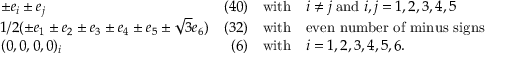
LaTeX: \begin{array} { l r c l } { { \pm e _ { i } \pm e _ { j } } } & { { ( 4 0 ) } } & { { \mathrm { w i t h } } } & { { i \neq j \; \mathrm { a n d } \; i , j = 1 , 2 , 3 , 4 , 5 } } \\ { { 1 / 2 ( \pm e _ { 1 } \pm e _ { 2 } \pm e _ { 3 } \pm e _ { 4 } \pm e _ { 5 } \pm \sqrt { 3 } e _ { 6 } ) } } & { { ( 3 2 ) } } & { { \mathrm { w i t h } } } & { { \mathrm { e v e n ~ n u m b e r ~ o f ~ m i n u s ~ s i g n s } } } \\ { { ( 0 , 0 , 0 , 0 ) _ { i } } } & { { ( 6 ) } } & { { \mathrm { w i t h } } } & { { i = 1 , 2 , 3 , 4 , 5 , 6 . } } \end{array}